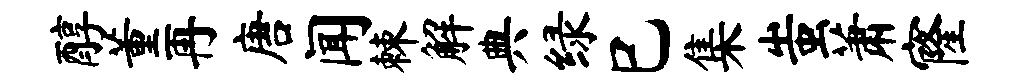
醇董再唐闻棘解典绿巳集蚩萧窿